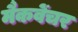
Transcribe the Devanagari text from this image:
मैकवेंचर